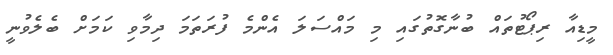
މީޑިއާ ރިޕޯޓުތައް ބުނާގޮތުގައި މި މައްސަލަ އެންމެ ފުރަތަމަ ދިމާވި ކަމަށް ބެލެވުނީ